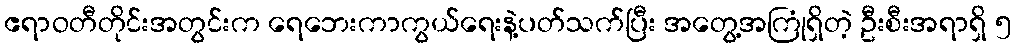
ဧရာဝတီတိုင်းအတွင်းက ရေဘေးကာကွယ်ရေးနဲ့ပတ်သက်ပြီး အတွေ့အကြုံရှိတဲ့ ဦးစီးအရာရှိ ၅